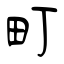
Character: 町